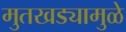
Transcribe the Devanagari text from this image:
मुतखड्यामुळे